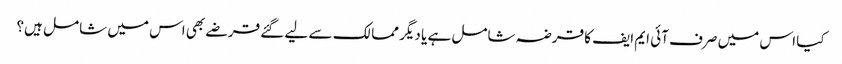
کیا اس میں صرف آئی ایم ایف کا قرضہ شامل ہے یا دیگر ممالک سے لیے گئے قرضے بھی اس میں شامل ہیں؟